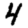
Digit: 4